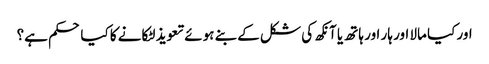
اور کیا مالا اور ہار اور ہاتھ یا آنکھ کی شکل کے بنے ہوئے تعویذ لٹکانے کا کیا حکم ہے؟